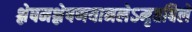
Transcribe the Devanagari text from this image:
श्लेषमश्लेषणयानलेऽमृतबिले